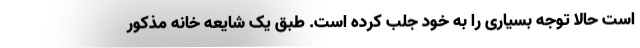
است حالا توجه بسیاری را به خود جلب کرده است. طبق یک شایعه خانه مذکور